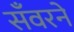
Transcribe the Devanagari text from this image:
सँवरने